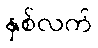
နှစ်လက်